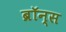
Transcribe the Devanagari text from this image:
ब्रॉन्‍स